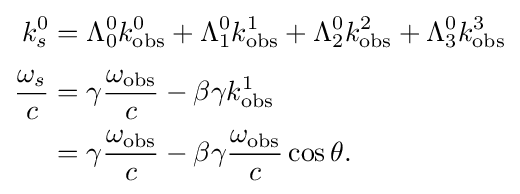
{\begin{aligned}k_{s}^{0}&=\Lambda _{0}^{0}k_{\mathrm {obs} }^{0}+\Lambda _{1}^{0}k_{\mathrm {obs} }^{1}+\Lambda _{2}^{0}k_{\mathrm {obs} }^{2}+\Lambda _{3}^{0}k_{\mathrm {obs} }^{3}\\[3pt]{\frac {\omega _{s}}{c}}&=\gamma {\frac {\omega _{\mathrm {obs} }}{c}}-\beta \gamma k_{\mathrm {obs} }^{1}\\&=\gamma {\frac {\omega _{\mathrm {obs} }}{c}}-\beta \gamma {\frac {\omega _{\mathrm {obs} }}{c}}\cos \theta .\end{aligned}}